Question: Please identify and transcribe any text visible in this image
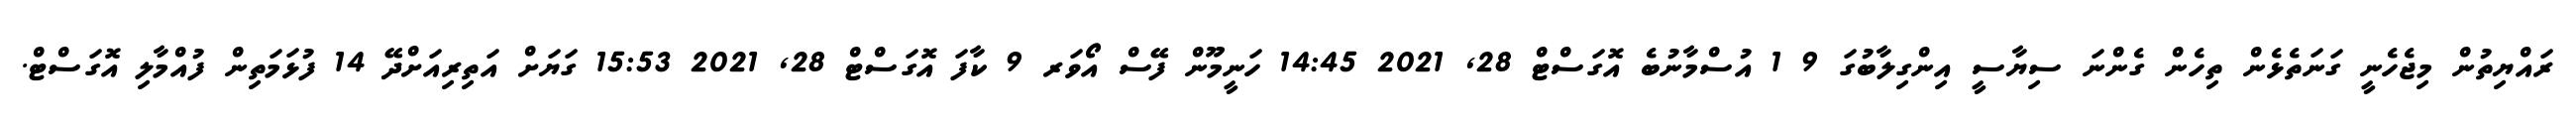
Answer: ރައްޔިތުން މިޖެހެނީ ގަނަތެޅެން ތިހެން ގެންނަ ސިޔާސީ އިންގިލާބުގަ 9 1 އުސްމާނުބެ އޮގަސްޓް 28, 2021 14:45 ހަނީމޫން ފޭސް އޯވަރ 9 ކާފަ އޮގަސްޓް 28, 2021 15:53 ގަޔަށް އަތިރިއަށްދޭ 14 ފުޅަމަތިން ފުއްމާލި އޮގަސްޓް.